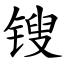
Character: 锼